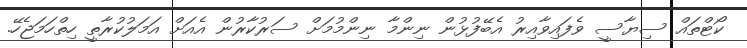
ކޯޓްތައް ސިޔާސީ ވެފައިވާއިރު އެބޭފުޅުން ނިންމާ ނިންމުމަށް ސަރުކާރުން އެއަށް އަމަލުކުރާތީ ހިތްހަމަޖެހޭ.